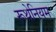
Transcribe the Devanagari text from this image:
रूथेनियम